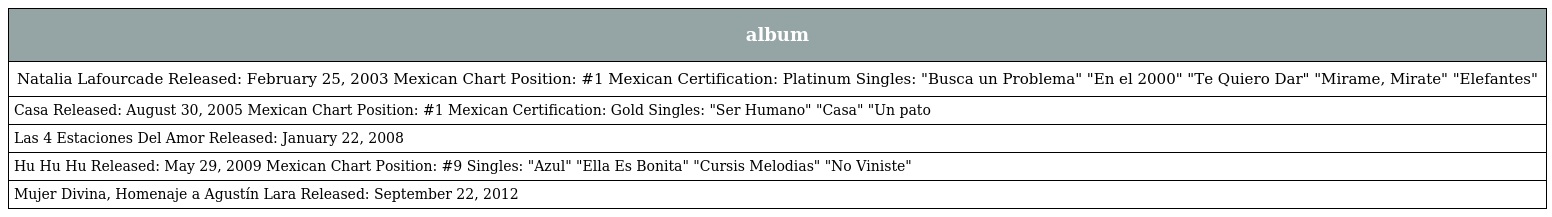
| album |
 | --- |
 | Natalia Lafourcade Released: February 25, 2003 Mexican Chart Position: #1 Mexican Certification: Platinum Singles: "Busca un Problema" "En el 2000" "Te Quiero Dar" "Mirame, Mirate" "Elefantes" |
 | Casa Released: August 30, 2005 Mexican Chart Position: #1 Mexican Certification: Gold Singles: "Ser Humano" "Casa" "Un pato |
 | Las 4 Estaciones Del Amor Released: January 22, 2008 |
 | Hu Hu Hu Released: May 29, 2009 Mexican Chart Position: #9 Singles: "Azul" "Ella Es Bonita" "Cursis Melodias" "No Viniste" |
 | Mujer Divina, Homenaje a Agustín Lara Released: September 22, 2012 |